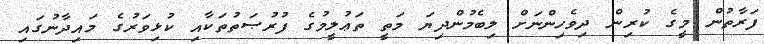
ފަރާތުން މީގެ ކުރިން ދިވެހިންނަށް ލިބެމުންދިޔަ މަތީ ތަޢުލީމުގެ ފުރުޞަތުތަކާއި ކުޅިވަރުގެ މައިދާނުގައި